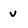
Character: v